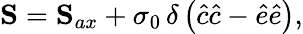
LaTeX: \mathbf{S}=\mathbf{S}_{ax}+\sigma_{0}\, \delta\left(\hat{c}\hat{c}-\hat{e}\hat{e}\right),